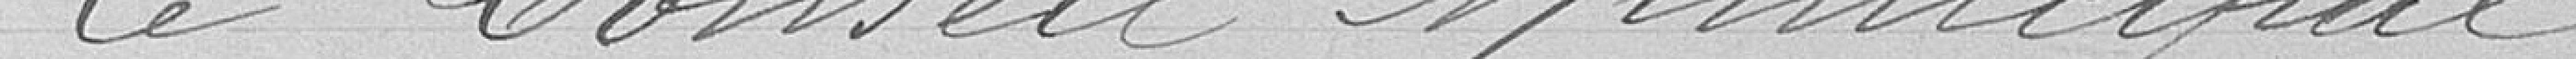
Le Conseil Municipal